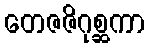
တေဇဇိဂုစ္ဆကာ